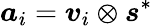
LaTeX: \boldsymbol{a}_{i}=\boldsymbol{v}_{i}\otimes\boldsymbol{s}^{*}